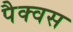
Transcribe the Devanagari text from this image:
पैक्वस